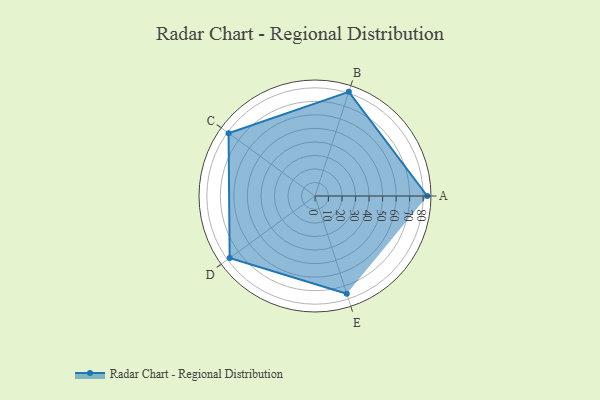
{"axis": {"x": "Skill", "y": "Score"}, "legend": ["Profile"], "data": [{"x": "A", "y": 83.0, "type": "Profile"}, {"x": "B", "y": 81.0, "type": "Profile"}, {"x": "C", "y": 79.0, "type": "Profile"}, {"x": "D", "y": 78.0, "type": "Profile"}, {"x": "E", "y": 76.0, "type": "Profile"}]}